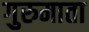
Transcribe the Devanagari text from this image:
गुरुमाता